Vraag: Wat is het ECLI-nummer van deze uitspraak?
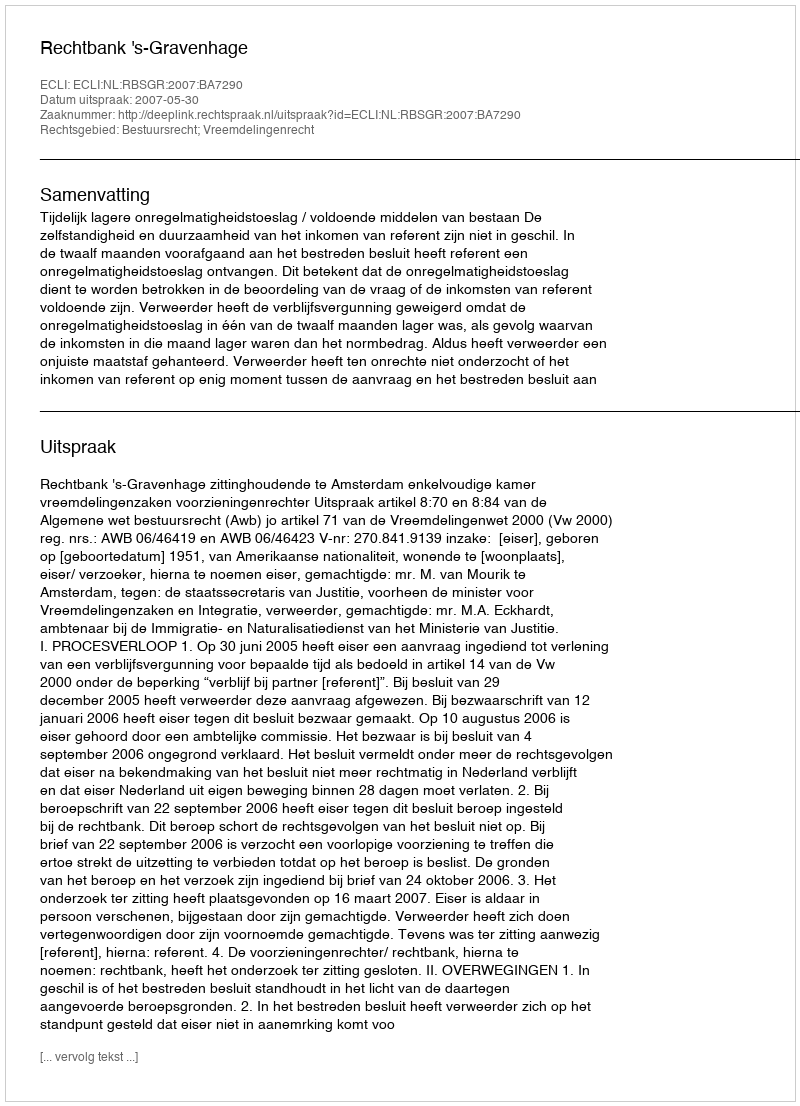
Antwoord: ECLI:NL:RBSGR:2007:BA7290